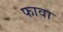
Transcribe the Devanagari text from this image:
फावा